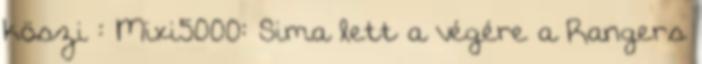
köszi : Mixi5000: Sima lett a végére a Rangers